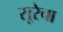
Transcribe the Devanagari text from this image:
सूरेचा